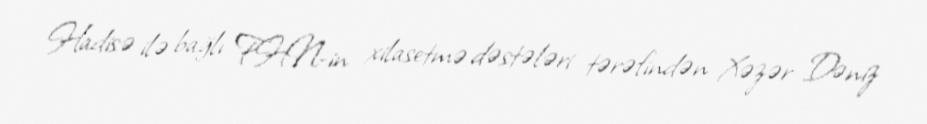
Hadisə ilə bağlı FHN-in xilasetmə dəstələri tərəfindən Xəzər Dəniz